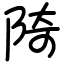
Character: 陭